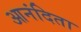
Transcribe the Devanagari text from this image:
आनंदिता